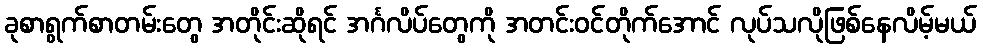
ခုစာရွက်စာတမ်းတွေ အတိုင်းဆိုရင် အင်္ဂလိပ်တွေကို အတင်းဝင်တိုက်အောင် လုပ်သလိုဖြစ်နေလိမ့်မယ်